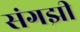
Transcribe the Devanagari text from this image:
संगझी